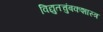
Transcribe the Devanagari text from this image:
विद्युतचुंबकशास्त्र